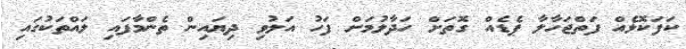
ކަފަކޮޅެއް ފަތްޖަހާލާ ޕެޑެއް ގޮތަށް ހަދާލުމަށް ފަހު އަލުވި ދިޔައިން ތެންމާފައި ލައްތަކުގައި